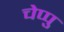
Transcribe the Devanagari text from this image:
चेप्पु